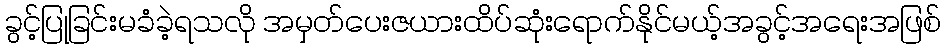
ခွင့်ပြုခြင်းမခံခဲ့ရသလို အမှတ်ပေးဇယားထိပ်ဆုံးရောက်နိုင်မယ့်အခွင့်အရေးအဖြစ်